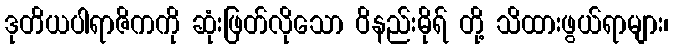
ဒုတိယပါရာဇိကကို ဆုံးဖြတ်လိုသော ဝိနည်းဓိုရ် တို့ သိထားဖွယ်ရာများ၊